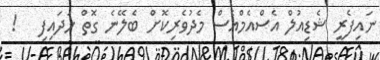
ނައިފެރީ ޝެޑިއުލް އެސްއެމްއެސް މެދުވެރިކޮށް ބެލޭނެ ގޮތް ހަދައިފި   !